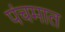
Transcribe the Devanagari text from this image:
पंचमात